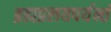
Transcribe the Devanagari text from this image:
ब्रह्मप्रलयपर्यन्तं